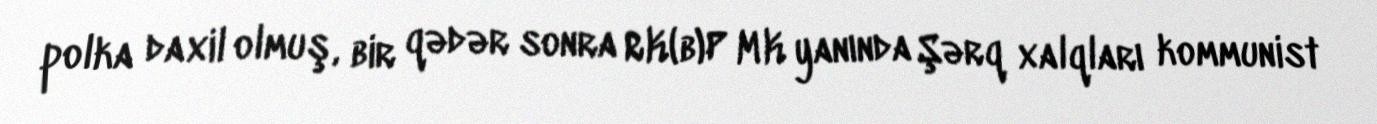
polka daxil olmuş, bir qədər sonra RK(b)P MK yanında Şərq xalqları kommunist